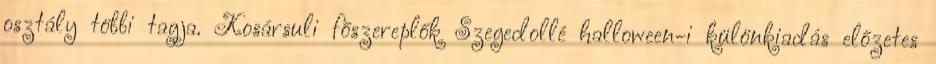
osztály többi tagja. Kosársuli főszereplők Szegedollé halloween-i különkiadás előzetes